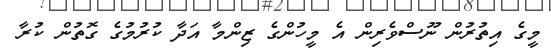
މީގެ އިތުރުން ނޫސްވެރިން އެ މީހުންގެ ޒިންމާ އަދާ ކުރުމުގެ ގޮތުން ކުރާ